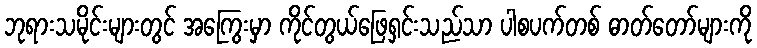
ဘုရားသမိုင်းများတွင် အကြွေးမှာ ကိုင်တွယ်ဖြေရှင်းသည်သာ ပါစပက်တစ် ဓာတ်တော်များကို